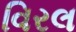
વિરલ